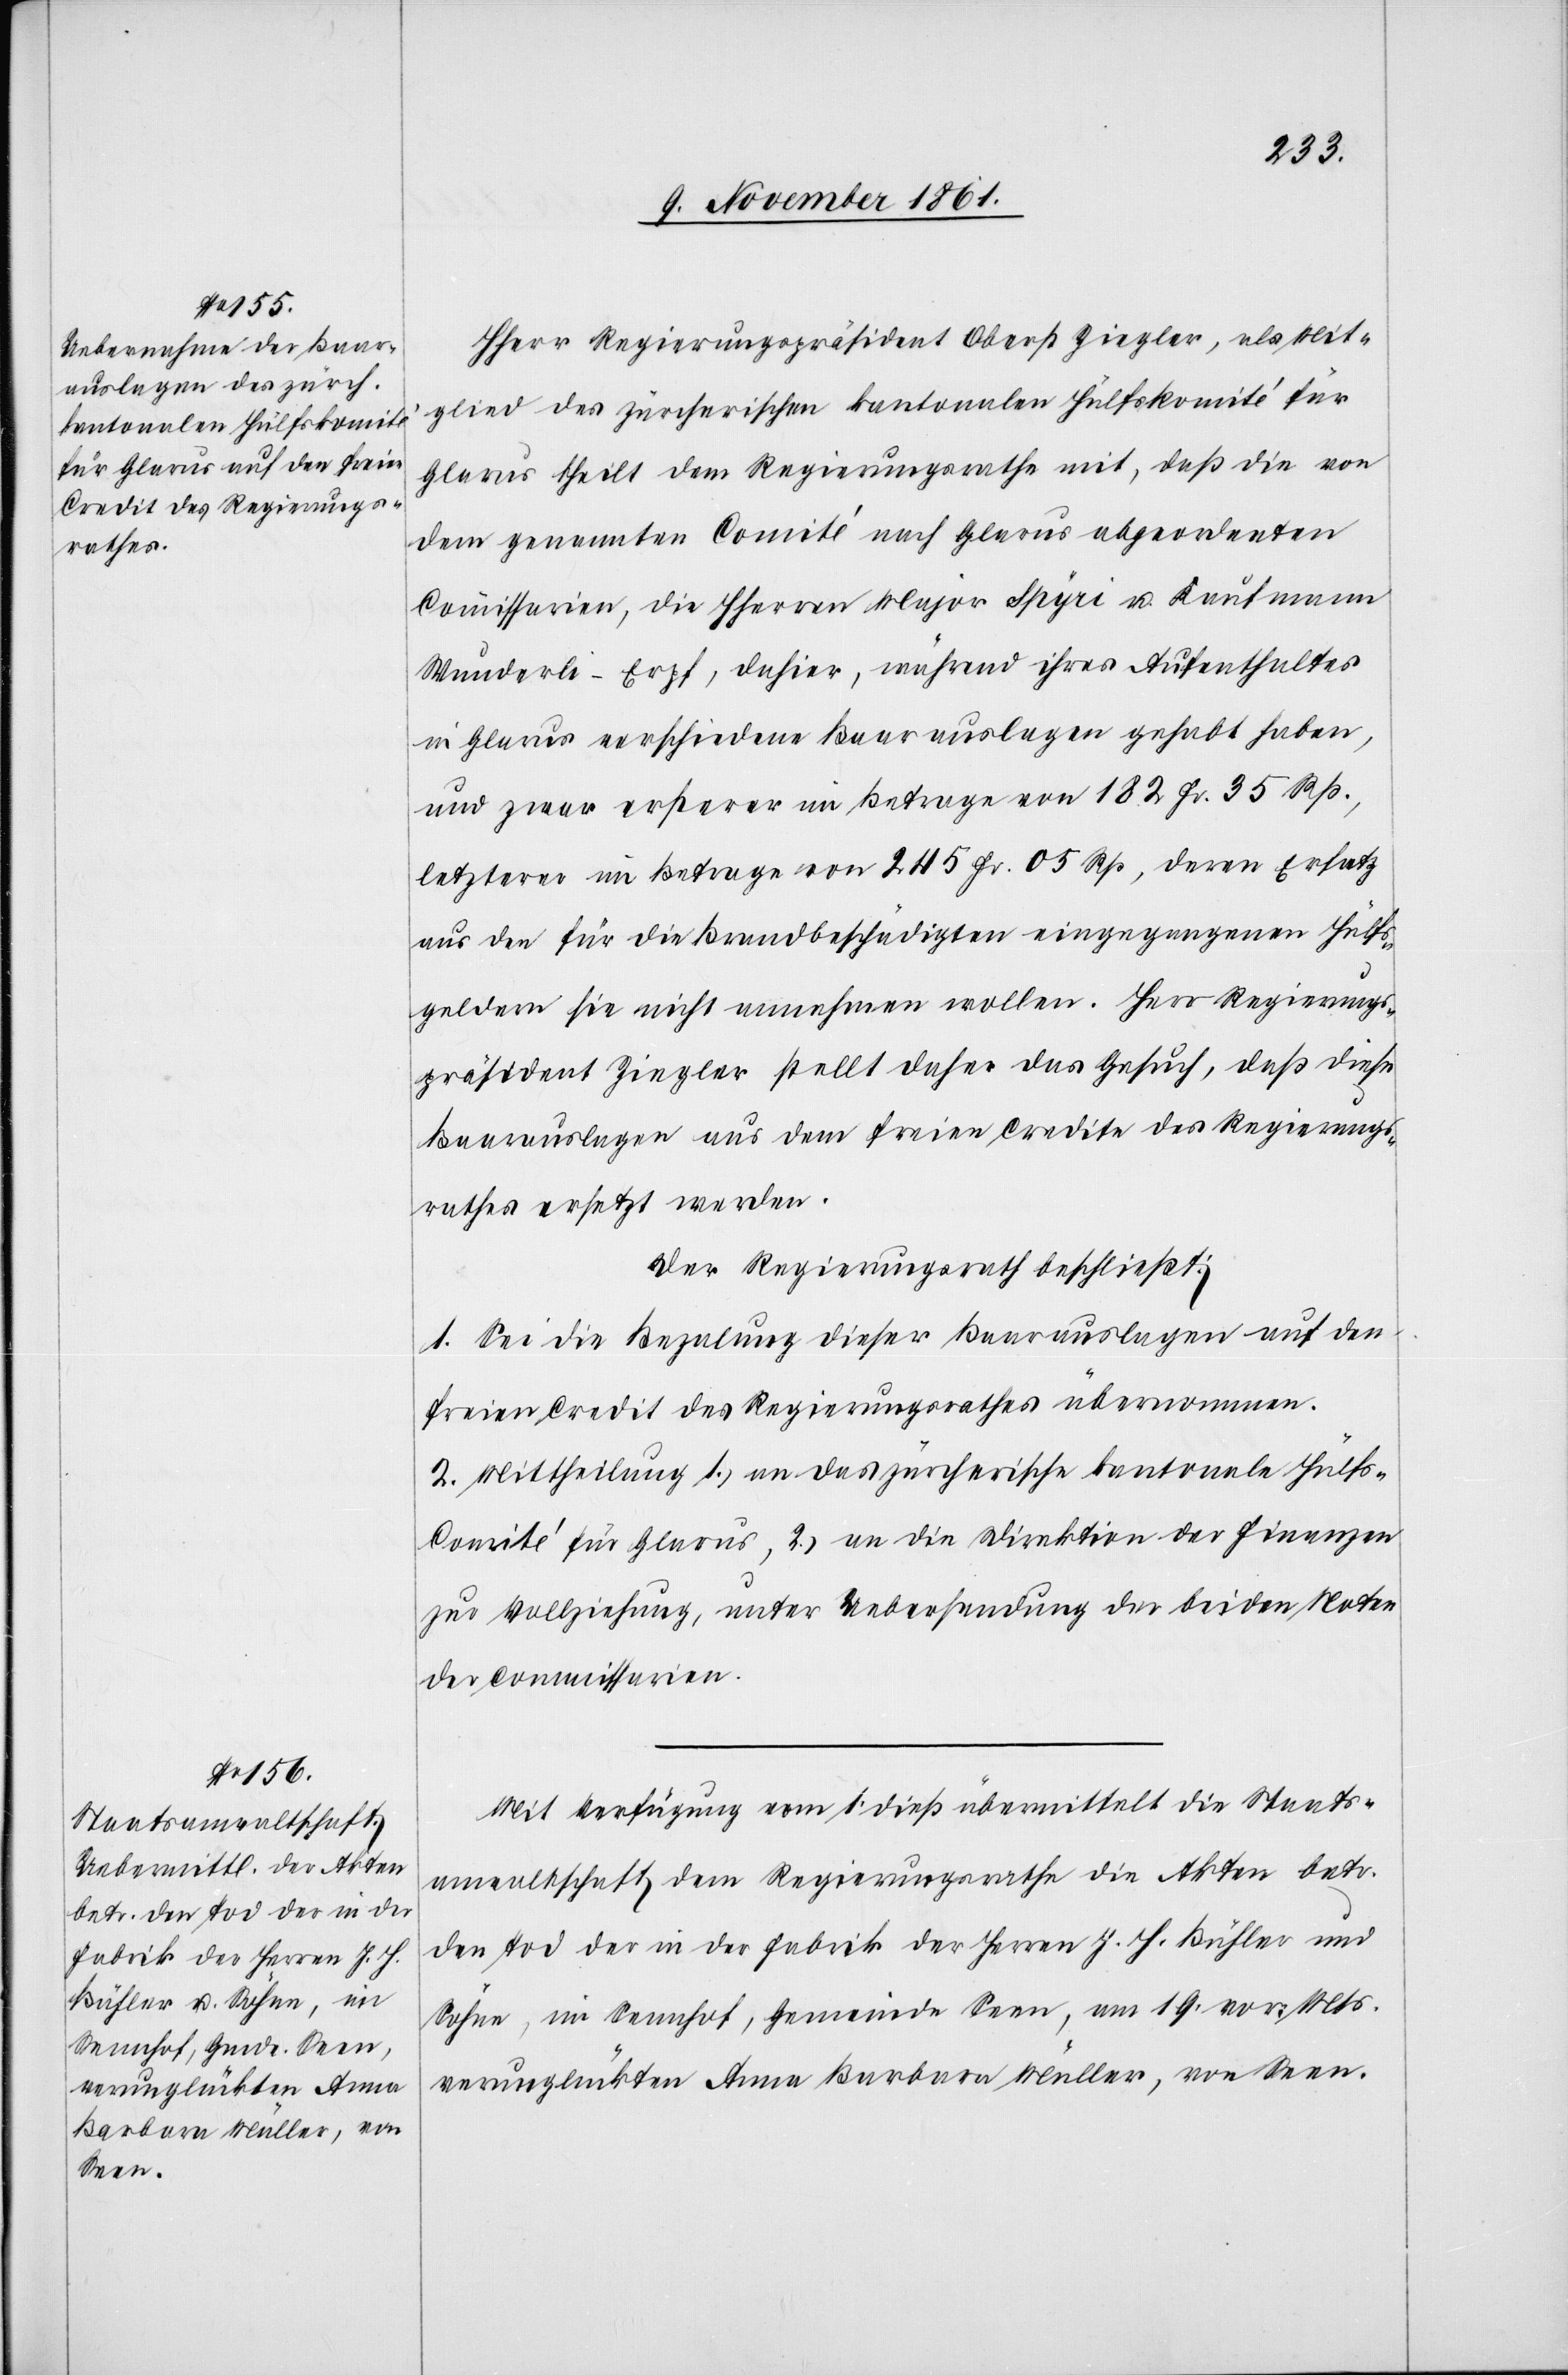
HHerr Regierungspräsident Oberst Ziegler, als Mit¬
glied des zürcherischen kantonalen Hülfskomité für
Glarus theilt dem Regierungsrathe mit, daß die von
dem genannten Comité nach Glarus abgeordneten
Commissarien, die HHerren Major Spyri u. Kaufmann
Wunder-Erpf, dahier, während ihres Aufenthaltes
in Glarus verschiedene Baarauslagen gehabt haben,
und zwar ersterer im Betrage von 182 Fr. 35 Rp.,
letzterer im Betrage von 245 Fr. 05 Rp., deren Ersatz
aus den für die Brandbeschädigten eingegangenen Hülfs¬
geldern sie nicht annehmen wollen. Herr Regierungs¬
präsident Ziegler stellt daher das Gesuch, daß diese
Baarauslagen aus dem freien Credite des Regierungs¬
rathes ersetzt werden.
Der Regierungsrath beschließt:
1. Sei die Bezahlung dieser Baarauslagen auf den
freien Credit des Regierungsrathes übernommen.
2. Mittheilung 1.) an das zürcherische kantonale Hülfs¬
comité für Glarus, 2.) an die Direktion der Finanzen
zur Vollziehung, unter Uebernahme der beiden Noten
der Commissionen.
Mit Verfügung vom 1 dieß übermittelt die Staats¬
anwaltschaft dem Regierungsrathe die Akten betr.
den Tod der in der Fabrik der Herren J. J. Bühler und
Söhne, in Sennhof, Gemeinde Seen, am 19 vor. Mts.
verunglückten Anna Barbara Müller, von Seen.